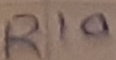
Text: R10